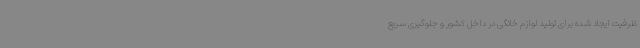
ظرفیت ایجاد شده برای تولید لوازم خانگی در داخل کشور و جلوگیری سریع